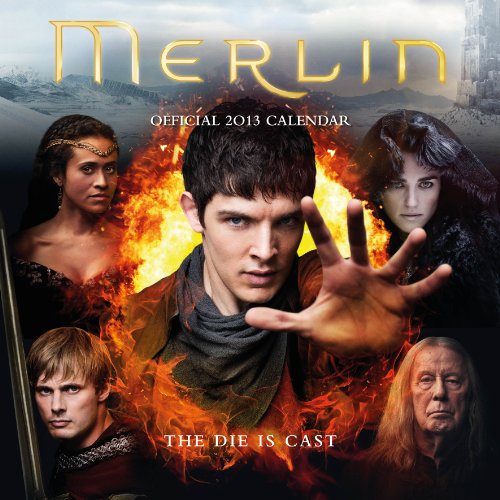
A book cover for Official Merlin 2013 Calendar; Calendars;